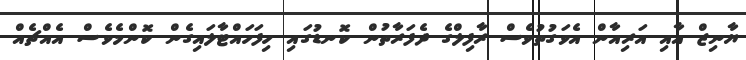
ޔާނިޒް އާއި އަރިއާން އެވަގުތުވެސް ރާފިލްގެ ދެފަރާތުން ކޮނޑުގައި ހިފަަހައްޓާލައިގެން ކޮންމެވެސް އެއްޗެއް